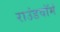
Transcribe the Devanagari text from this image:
राउंडवॉर्म